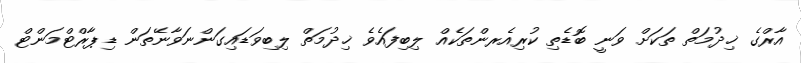
އާރްގެ ޚިދުމަތް ތަކަށް ވަނީ ބޮޑެތި ކުރިއެރންތަކެއް ލިބިފައެވެ ޚިދުމަތް ލިބިވަޑައިގަންނަވާނޭތަން ޑިޕާރްޓްމަންޓް